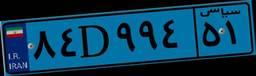
۶۴D۲۵۲۴۳